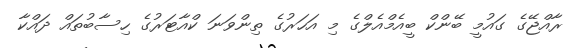
ރާއްޖޭގެ ގައުމީ ބޭންކް ބީއެމްއެލްގެ މި އަހަރުގެ ތިންވަނަ ކްއާޓަރުގެ ހިސާބުތައް ދައްކާ